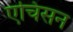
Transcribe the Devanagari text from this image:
एचिसन